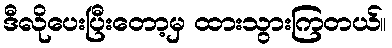
ဒီလိုပေးပြီးတော့မှ ထားသွားကြတယ်။